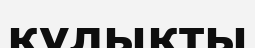
құлықты